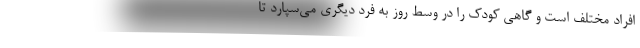
افراد مختلف است و گاهی کودک را در وسط روز به فرد دیگری می‌سپارد تا